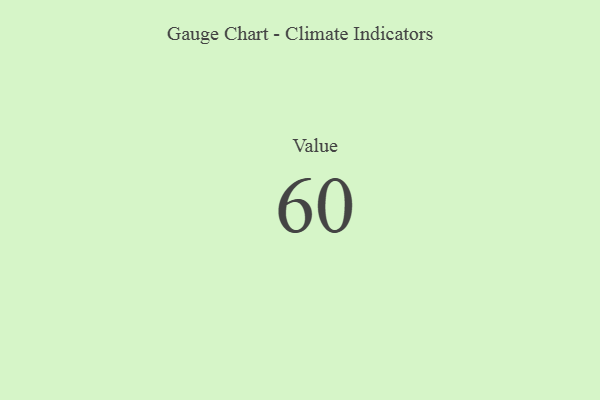
{"axis": {"x": "Metric", "y": "Value"}, "legend": [""], "data": [{"x": "Value", "y": 60, "type": ""}]}